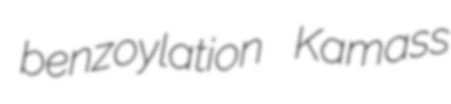
benzoylation Kamass